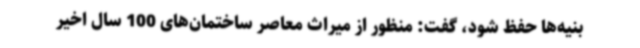
بنیه‌ها حفظ شود، گفت: منظور از میراث معاصر ساختمان‌های 100 سال اخیر